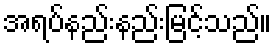
အရပ်နည်းနည်းမြင့်သည်။